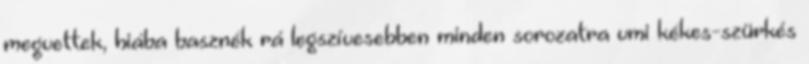
megvettek, hiába basznék rá legszívesebben minden sorozatra vmi kékes-szürkés